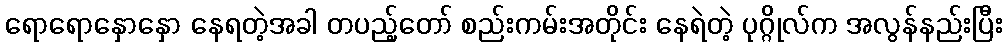
ရောရောနှောနှော နေရတဲ့အခါ တပည့်တော် စည်းကမ်းအတိုင်း နေရဲတဲ့ ပုဂ္ဂိုလ်က အလွန်နည်းပြီး